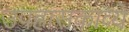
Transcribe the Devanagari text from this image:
उपहासकाव्ये